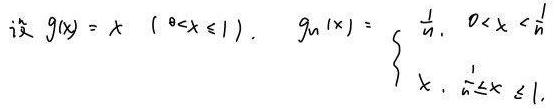
设\(g(x)=x0<x\leq1),\g_n(x)\)=\begin{cases}
\(\frac{1}{n},&0<x<\frac{1}{n}\)\\
\(x,&\frac{1}{n}\leqx\leq1\)\\
\end{cases}